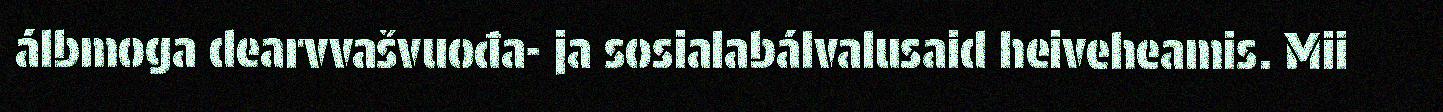
álbmoga dearvvašvuođa- ja sosialabálvalusaid heiveheamis. Mii